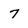
Character: 7